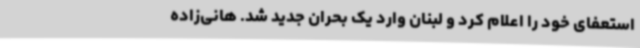
استعفای خود را اعلام کرد و لبنان وارد یک بحران جدید شد. هانی‌زاده